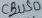
Text: CBUS0